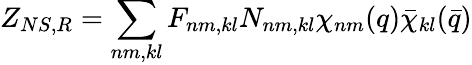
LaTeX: Z_{NS,R}=\sum_{nm,kl}F_{nm,kl}N_{nm,kl}\chi_{nm}(q)\bar{\chi}_{kl}(\bar{q})